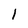
Character: 1